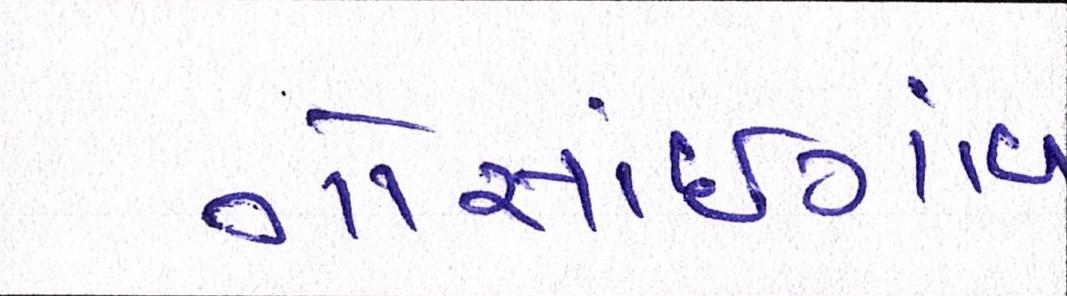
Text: ગોસાંઇગાંવ